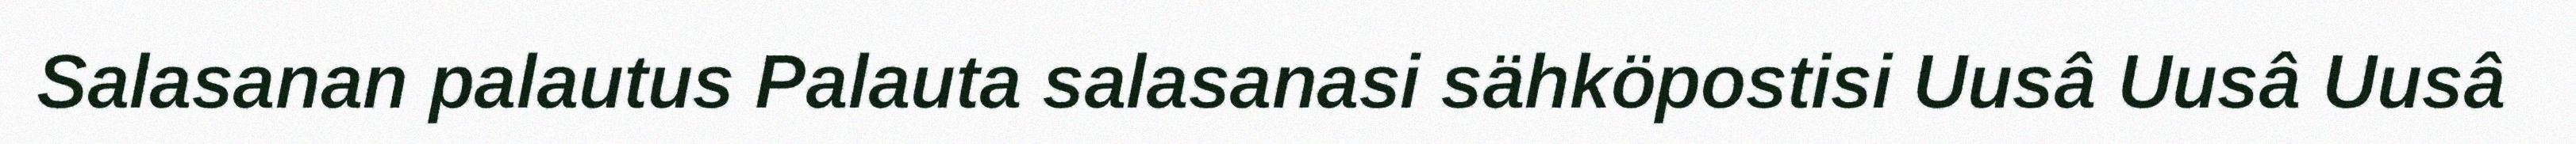
Salasanan palautus Palauta salasanasi sähköpostisi Uusâ Uusâ Uusâ